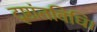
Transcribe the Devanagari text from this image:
दृष्टांतविधि।